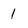
Character: 1